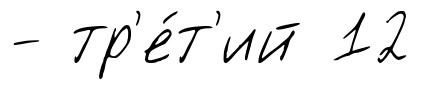
- тр'е́т'ий 12